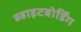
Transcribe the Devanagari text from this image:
व्हाइटबोर्डिंग